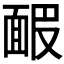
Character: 𩈝